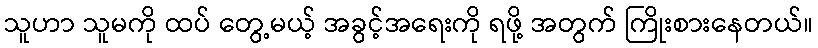
သူဟာ သူမကို ထပ် တွေ့မယ့် အခွင့်အရေးကို ရဖို့ အတွက် ကြိုးစားနေတယ်။